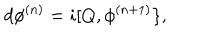
d \phi ^ { ( n ) } = i [ Q , \phi ^ { ( n + 1 ) } \} ,